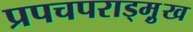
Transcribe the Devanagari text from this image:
प्रपचपराड्म़ुख